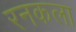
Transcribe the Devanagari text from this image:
रनकला